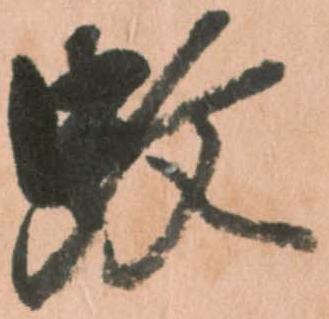
蚊